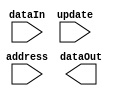

module char_ram (address, dataIn, update, dataOut);
//parameter definition
parameter NUM_OF_CHARS = 5;


// Port definition
input [5:0] address;
input [7:0] dataIn;
input update;

output [7:0] dataOut;

// Reg definition
reg [3:0] counterOut = 'b0;
reg [3:0] counterIn = 'b0;
reg [7:0] memory [0:31];

always@(*)
	case (address)
		'd0: begin 
	 
		end 
		'd1: begin 
		 
		end 
		'd2: begin 
		 
		end 
		'd3: begin 
		 
		end 
		'd4: begin 
		 
		end 
		'd5: begin 
		 
		end 
		'd6: begin 
		 
		end 
		'd7: begin 
		 
		end 
		'd8: begin 
		 
		end 
		'd9: begin 
		 
		end 
		'd10: begin 
		 
		end 
		'd11: begin 
		 
		end 
		'd12: begin 
		 
		end 
		'd13: begin 
		 
		end 
		'd14: begin 
		 
		end 
		'd15: begin 
		 
		end 
		'd16: begin 
		 
		end 
		'd17: begin 
		 
		end 
		'd18: begin 
		 
		end 
		'd19: begin 
		 
		end 
		'd20: begin 
		 
		end 
		'd21: begin 
		 
		end 
		'd22: begin 
		 
		end 
		'd23: begin 
		 
		end 
		'd24: begin 
		 
		end 
		'd25: begin 
		 
		end 
		'd26: begin 
		 
		end 
		'd27: begin 
		 
		end 
		'd28: begin 
		 
		end 
		'd29: begin 
		 
		end 
		'd30: begin 
		 
		end 
		'd31: begin 
	 
		end 
	endcase

endmodule